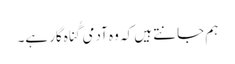
‏ ہم جانتے ہیں کہ وہ آدمی گُناہ‌گار ہے۔